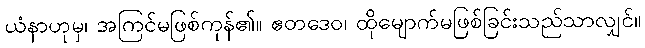
ယံနာဟုမှ၊ အကြင်မဖြစ်ကုန်၏။ ဧတဒေဝ၊ ထိုမျောက်မဖြစ်ခြင်းသည်သာလျှင်။